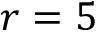
r = 5